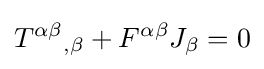
{T^{\alpha \beta }}_{,\beta }+F^{\alpha \beta }J_{\beta }=0